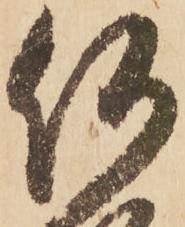
何